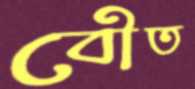
বৌত